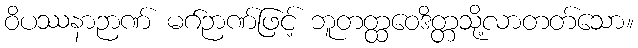
ဝိပဿနာဉာဏ် မဂ်ဉာဏ်ဖြင့် ဘူတတ္ထဝေဒိတ္တသို့လာတတ်သော။